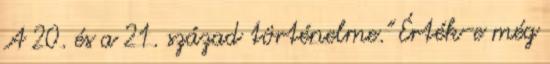
A 20. és a 21. század történelme." Érték-e még